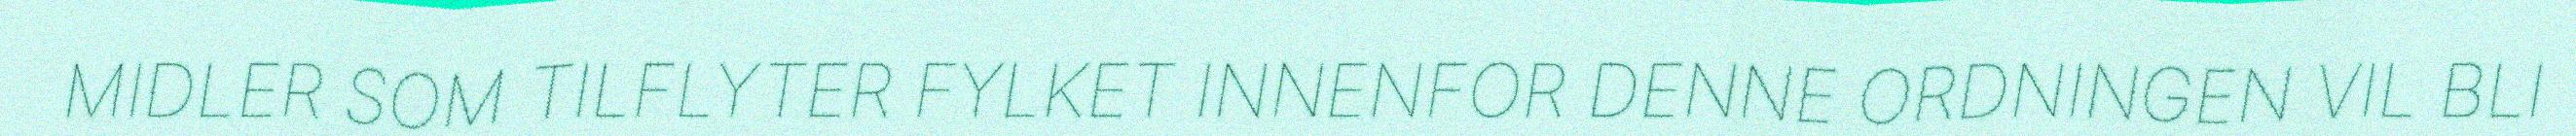
MIDLER SOM TILFLYTER FYLKET INNENFOR DENNE ORDNINGEN VIL BLI